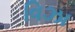
વિઝા